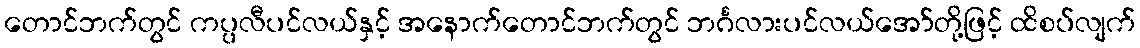
တောင်ဘက်တွင် ကပ္ပလီပင်လယ်နှင့် အနောက်တောင်ဘက်တွင် ဘင်္ဂလားပင်လယ်အော်တို့ဖြင့် ထိစပ်လျက်